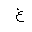
Letter: _gayn